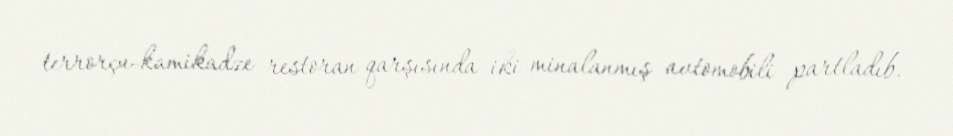
terrorçu-kamikadze restoran qarşısında iki minalanmış avtomobili partladıb.